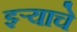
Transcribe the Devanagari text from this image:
झ्ऱ्याचे